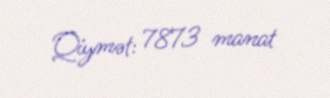
Qiymət: 7873 manat